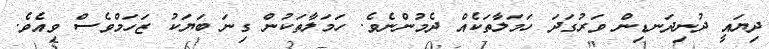
ދިޔައީ ދުނިދަނޑިން ވަރުގަދަ ހަމަލާތަކެއް ދެމުންނެވެ. ހަމަލާތަކުން ގިނަ ބަޔަކު ޒަހަމްވެސް ވިއެވެ.